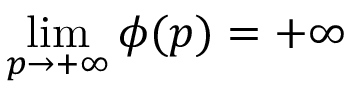
\operatorname* { l i m } _ { p \to + \infty } \phi ( p ) = + \infty